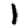
Digit: 1